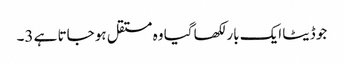
جو ڈیٹا ایک بار لکھا گیا وہ مستقل ہو جاتا ہے 3۔